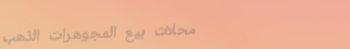
محلات بيع المجوهرات الذهب